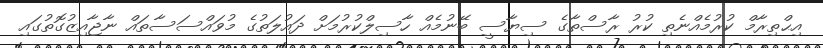
އިޙްތިރާމް ކުރުމެއްނެތި ކުރު ރާސްތާގެ ސިޔާސީ ބޭނުމެއް ހާސިލްކުރުމަށް ދައުލަތުގެ މުވައްސަސާތައް ނާޖާއިޒުގޮތުގައި